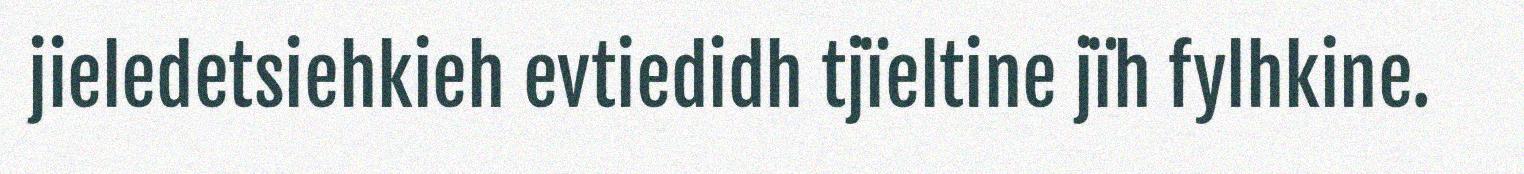
jieledetsiehkieh evtiedidh tjïeltine jïh fylhkine.